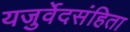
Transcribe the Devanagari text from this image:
यजुर्वेदसंहिता